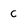
Character: c